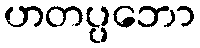
ဟတပ္ပဘော